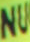
NU